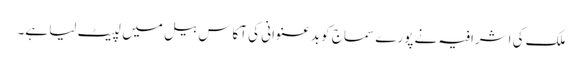
ملک کی اشرافیہ نے پورے سماج کو بدعنوانی کی آکاس بیل میں لپیٹ لیا ہے۔